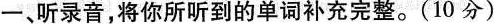
一、听录音，将你所听到的单词补充完整。(10分)